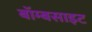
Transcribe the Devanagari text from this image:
बॉम्बसाइट